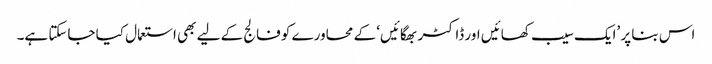
اس بنا پر ’ایک سیب کھائیں اور ڈاکٹر بھگائیں‘ کے محاورے کو فالج کے لیے بھی استعمال کیا جاسکتا ہے۔